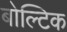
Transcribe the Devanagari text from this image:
बोल्टिक